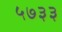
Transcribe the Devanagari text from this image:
५७३३